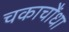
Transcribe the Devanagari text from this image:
चकाचौंधा